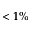
< 1 \%